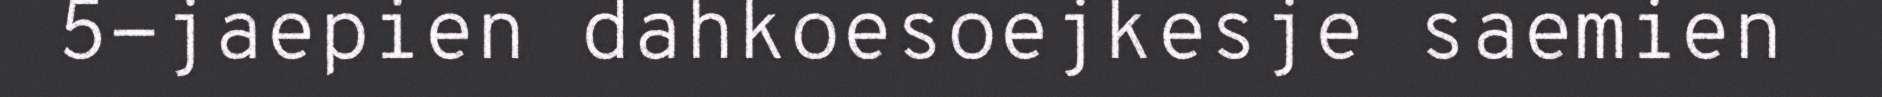
5-jaepien dahkoesoejkesje saemien